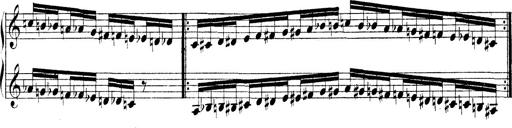
Title: Technische Studien
Composer: Franz Liszt